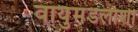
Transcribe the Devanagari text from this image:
वायुमंडलाशी